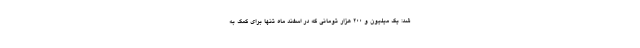
شد: یک میلیون و 200 هزار تومانی که در اسفند ماه تنها برای کمک به